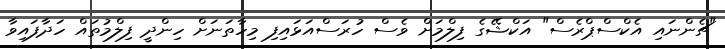
"ޗެންނައި އެކްސްޕްރެސް" އަކްޝޭގެ ފިލްމަށް ވެސް ހުރަސްއަޅައިފި މިހާތަނަށް ހިންދީ ފިލްމުތައް ހަދާފައިވާ